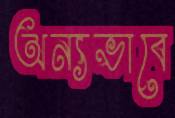
অন্যভাবে